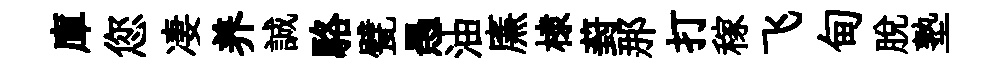
庫您凄养誠駱甓愚油㢘棣葑那打稼飞甸脱塾